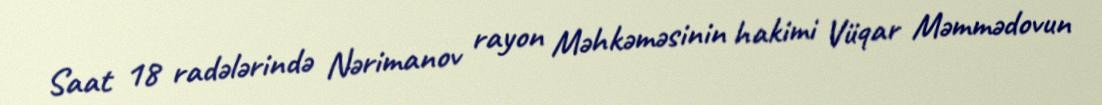
Saat 18 radələrində Nərimanov rayon Məhkəməsinin hakimi Vüqar Məmmədovun